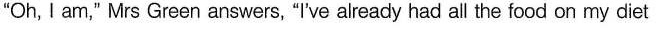
Oh, I am," Mrs Green answers, "I've already had all the food on my diet